Civil Veterinary Dept. Bombay admin report 1893-99 - 1893-1899
Year: 1893
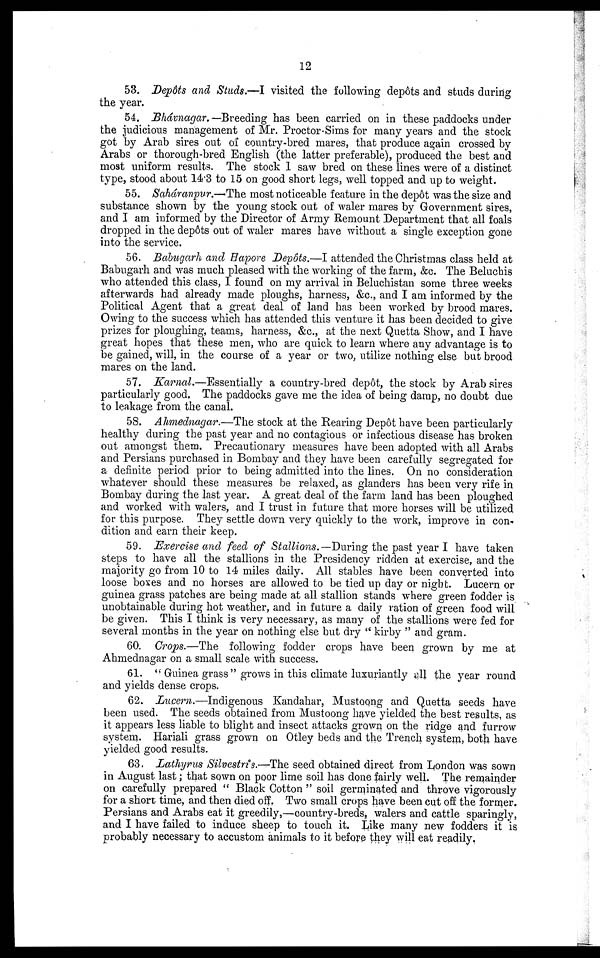
12
53. Depôts and Studs.—I visited the following depôts and studs during
the year.
54. Bhávnagar.—Breeding has been carried on in these paddocks under
the judicious management of Mr. Proctor-Sims for many years and the stock
got by Arab sires out of country-bred mares, that produce again crossed by
Arabs or thorough-bred English (the latter preferable), produced the best and
most uniform results. The stock I saw bred on these lines were of a distinct
type, stood about 14.3 to 15 on good short legs, well topped and up to weight.
55. Saháranpur.—The most noticeable feature in the depôt was the size and
substance shown by the young stock out of waler mares by Government sires,
and I am informed by the Director of Army Remount Department that all foals
dropped in the depôts out of waler mares have without a single exception gone
into the service.
56. Bdbugarh and Hapore Depôts.—I attended the Christmas class held at
Babugarh and was much pleased with the working of the farm, &c. The Beluchis
who attended this class, I found on my arrival in Beluchistan some three weeks
afterwards had already made ploughs, harness, &c, and I am informed by the
Political Agent that a great deal of land has been worked by brood mares.
Owing to the success which has attended this venture it has been decided to give
prizes for ploughing, teams, harness, &c, at the next Quetta Show, and I have
great hopes that these men, who are quick to learn where any advantage is to
be gained, will, in the course of a year or two, utilize nothing else but brood
mares on the land.
57. Karnal.—Essentially a country-bred depôt, the stock by Arab sires
particularly good, The paddocks gave me the idea of being damp, no doubt due
to leakage from the canal.
58. Ahmednagar.—The stock at the Rearing Depôt have been particularly
healthy during the past year and no contagious or infectious disease has broken
out amongst them. Precautionary measures have been adopted with all Arabs
and Persians purchased in Bombay and they have been carefully segregated for
a definite period prior to being admitted into the lines. On no consideration
whatever should these measures be relaxed, as glanders has been very rife in
Bombay during the last year. A great deal of the farm land has been ploughed
and worked with walers, and I trust in future that more horses will be utilized
for this purpose. They settle down very quickly to the work, improve in con-
dition and earn their keep.
59. Exercise and feed of Stallions.—During the past year I have taken
steps to have all the stallions in the Presidency ridden at exercise, and the
majority go from 10 to 14 miles daily. All stables have been converted into
loose boxes and no horses are allowed to be tied up day or night. Lucern or
guinea grass patches are being made at all stallion stands where green fodder is
unobtainable during hot weather, and in future a daily ration of green food will
be given. This I think is very necessary, as many of the stallions were fed for
several months in the year on nothing else but dry "kirby" and gram.
60. Crops.—The following fodder crops have been grown by me at
Ahmednagar on a small scale with success.
61. "Guinea grass" grows in this climate luxuriantly all the year round
and yields dense crops.
62. Lucern.—Indigenous Kandahar, Mustoong and Quetta seeds have
been used. The seeds obtained from Mustoong have yielded the best results, as
it appears less liable to blight and insect attacks grown on the ridge and furrow
system. Hariali grass grown on Otley beds and the Trench system, both have
yielded good results.
63. Lathyrus Silvestris.—The seed obtained direct from London was sown
in August last; that sown on poor lime soil has done fairly well. The remainder
on carefully prepared "Black Cotton" soil germinated and throve vigorously
for a short time, and then died off. Two small crops have been cut off the former.
Persians and Arabs eat it greedily,—country-breds, walers and cattle sparingly,
and I have failed to induce sheep to touch it. Like many new fodders it is
probably necessary to accustom animals to it before they will eat readily.